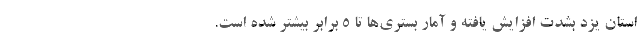
استان یزد بشدت افزایش یافته و آمار بستری‌ها تا ۵ برابر بیشتر شده است.